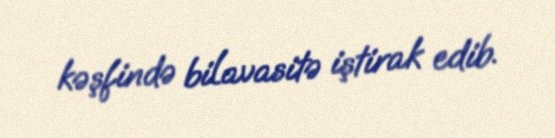
kəşfində bilavasitə iştirak edib.